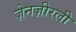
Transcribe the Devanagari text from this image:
ज़ेनज़ीरली